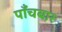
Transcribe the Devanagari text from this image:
पाँचबार